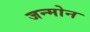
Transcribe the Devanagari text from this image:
जन्मोन